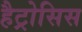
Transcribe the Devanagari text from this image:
हैट्रोसिस